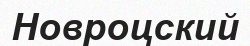
Новроцский